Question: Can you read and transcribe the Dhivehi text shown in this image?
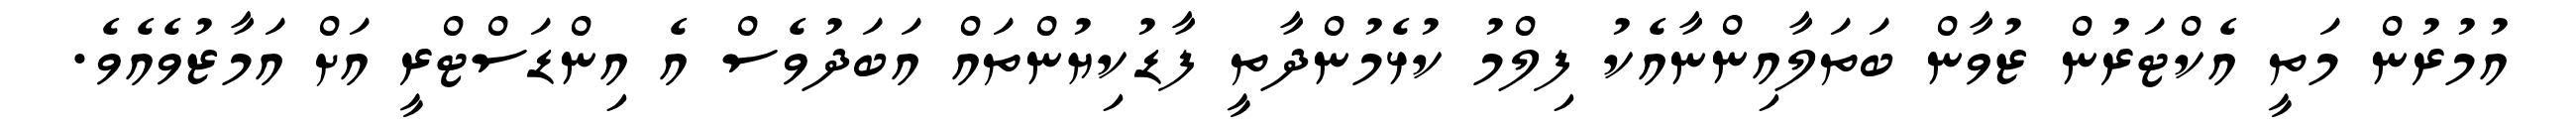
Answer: އުމުރުން މަތީ އެކްޓަރުން ޒުވާން ބަތަލާއިންނާއެކު ފިލްމު ކުޅެމުންދާތީ ފާޑުކިޔުންތައް އަބަދުވެސް އެ އިންޑަސްޓްރީ އަށް އަމާޒުވެއެވެ.